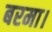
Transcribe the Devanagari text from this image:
बरमा।